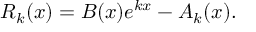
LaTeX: R _ { k } ( x ) = B ( x ) e ^ { k x } - A _ { k } ( x ) .